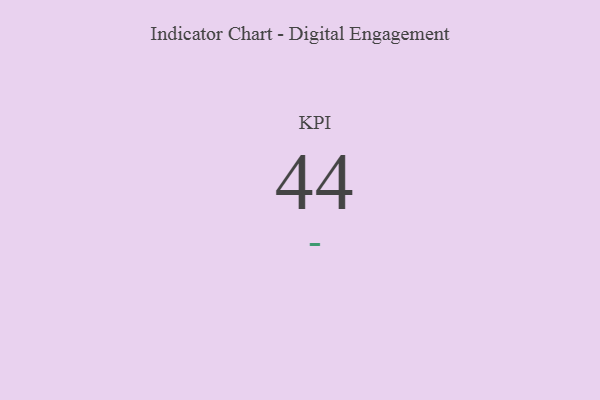
{"axis": {"x": "KPI", "y": "Value"}, "legend": [""], "data": [{"x": "KPI", "y": 44, "type": ""}]}